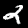
Label: 2